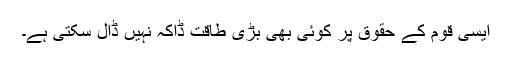
ایسی قوم کے حقوق پر کوئی بھی بڑی طاقت ڈاکہ نہیں ڈال سکتی ہے۔